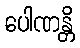
ပေါဏန္တိ